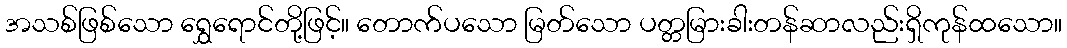
အသစ်ဖြစ်သော ရွှေရောင်တို့ဖြင့်။ တောက်ပသော မြတ်သော ပတ္တမြားခါးတန်ဆာလည်းရှိကုန်ထသော။